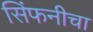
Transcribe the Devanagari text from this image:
सिंफनीचा